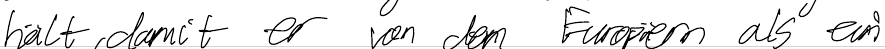
hält, damit er von den Europäern als ein